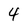
Character: 4